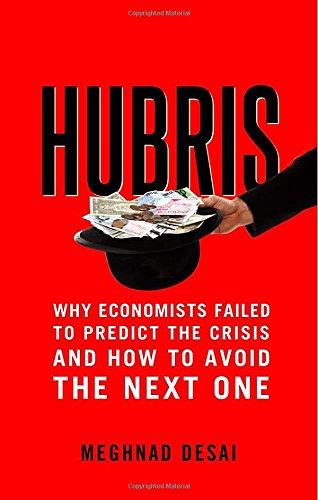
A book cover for Hubris: Why Economists Failed to Predict the Crisis and How to Avoid the Next One; Meghnad Desai; Business & Money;